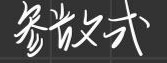
参数式